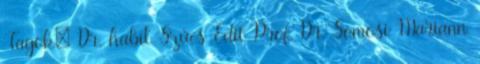
Tagok: Dr. habil Szűcs Edit Prof. Dr. Somosi Mariann